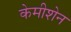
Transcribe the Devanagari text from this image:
केमीशेन